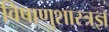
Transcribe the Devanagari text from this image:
विषाणुशास्त्रज्ञ